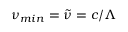
\nu _ { m i n } = \tilde { \nu } = c / \Lambda